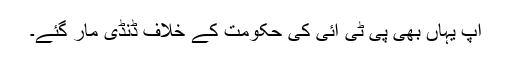
آپ یہاں بھی پی ٹی آئی کی حکومت کے خلاف ڈنڈی مار گئے۔